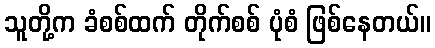
သူတို့က ခံစစ်ထက် တိုက်စစ် ပုံစံ ဖြစ်နေတယ်။